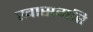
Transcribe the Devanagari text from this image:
खासगरि